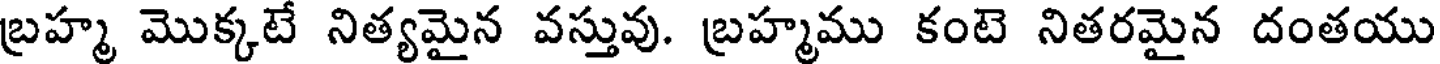
బ్రహ్మ మొక్కటే నిత్యమైన వస్తువు. బ్రహ్మము కంటె నితరమైన దంతయు